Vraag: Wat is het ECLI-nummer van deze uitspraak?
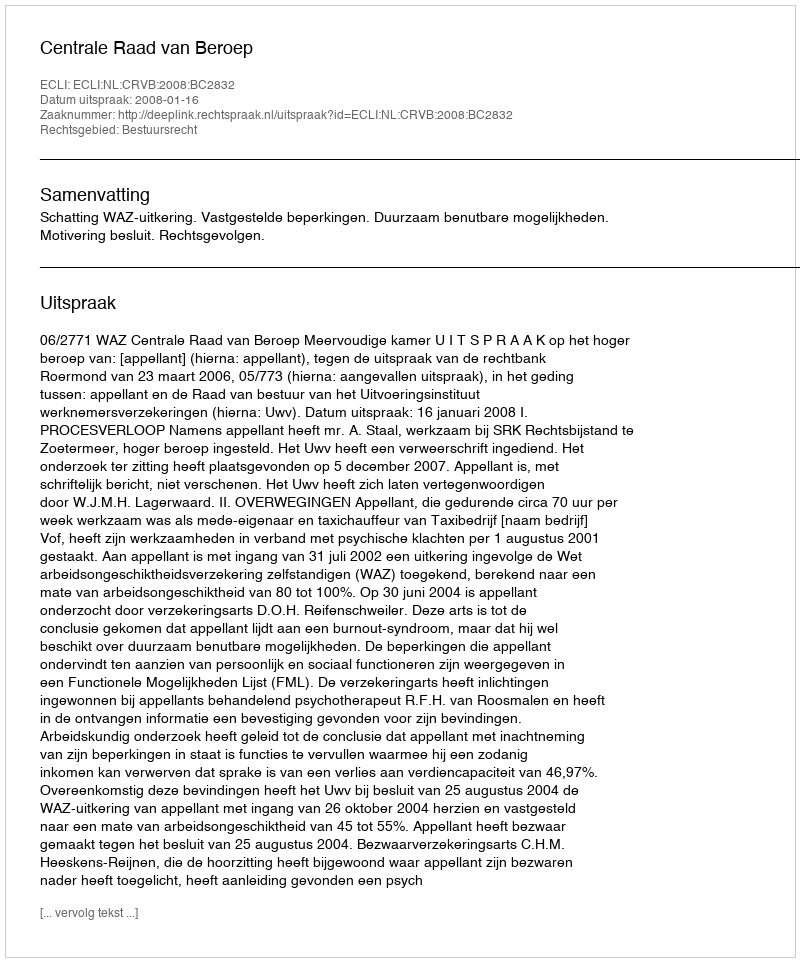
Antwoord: ECLI:NL:CRVB:2008:BC2832